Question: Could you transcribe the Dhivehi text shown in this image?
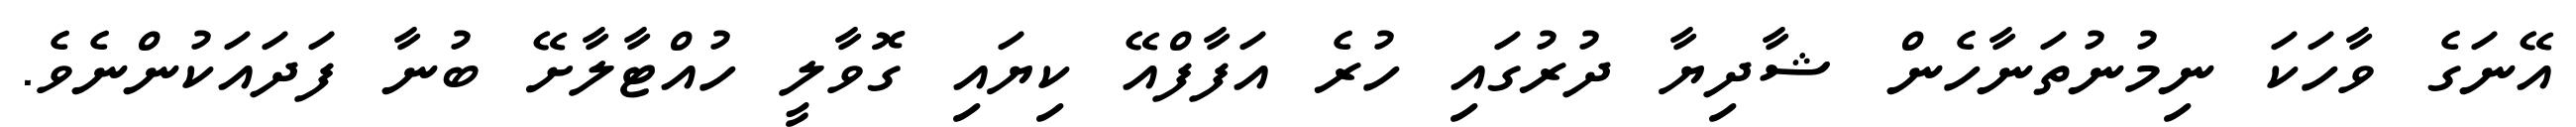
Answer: އޭނަގެ ވާހަކަ ނިމުނުތަނާހެން ޝާދިޔާ ދުރުގައި ހުރެ އަފާފްއޭ ކިޔައި ގޮވާލީ ހުއްޓާލާށޭ ބުނާ ފަދައަކުންނެވެ.